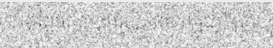
ហិរញ្ញវត្ថុសាធារណៈនេះ កម្ពុជាក៏ត្រូវ